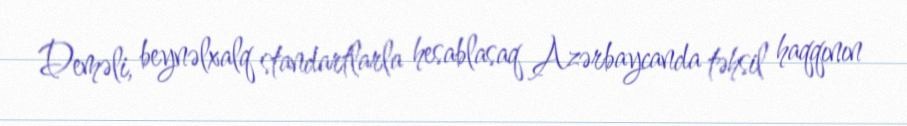
Deməli, beynəlxalq standartlarla hesablasaq Azərbaycanda təhsil haqqının